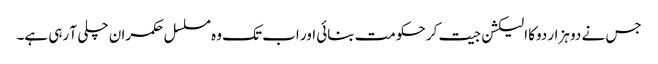
جس نے دو ہزار دوکا الیکشن جیت کر حکومت بنائی اور اب تک وہ مسلسل حکمران چلی آ رہی ہے۔